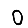
Digit: 0